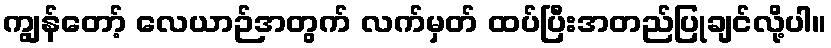
ကျွန်တော့် လေယာဉ်အတွက် လက်မှတ် ထပ်ပြီးအတည်ပြုချင်လို့ပါ။